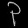
Digit: ၃